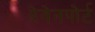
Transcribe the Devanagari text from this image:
देवेनपोर्ट